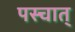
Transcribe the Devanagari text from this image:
पस्चात्